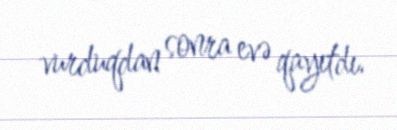
vurduqdan sonra evə qayıtdı.